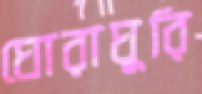
ঘোরাঘুরি